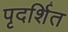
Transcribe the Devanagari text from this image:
पृदर्शित